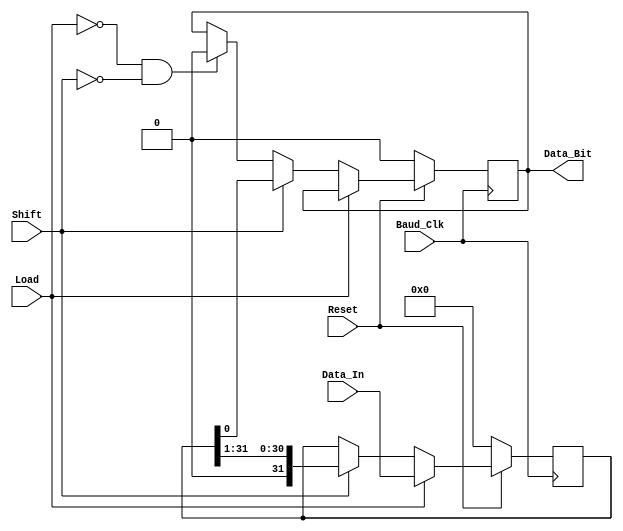
`timescale 1ns / 1ps
//////////////////////////////////////////////////////////////////////////////////
// Company: 
// Engineer: 
// 
// Design Name: 
// Module Name:    PISO 
// Project Name: 
// Target Devices: 
// Tool versions: 
// Description: 
//
// Dependencies: 
//
// Revision: 
// Revision 0.01 - File Created
// Additional Comments: 
//
//////////////////////////////////////////////////////////////////////////////////
module PISO(Data_Bit, Load, Shift, Data_In, Baud_Clk, Reset);

output reg Data_Bit = 0;
input Load, Shift, Baud_Clk, Reset;
input [31:0]Data_In;
reg [31:0]var;

always@(posedge Baud_Clk)
begin
	if(Reset == 0)
	begin
		Data_Bit <= 0;
		var <= 0;
	end
	else if(Load) var <= Data_In;
	else if(Shift)
	begin
		Data_Bit <= var[0];
		var <= var >> 1;
	end
	else if(~Load && ~Shift) Data_Bit <= 0;
end
endmodule